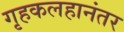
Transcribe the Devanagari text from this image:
गृहकलहानंतर